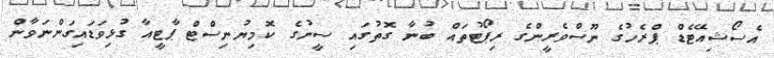
އެސޯޝިއޭޓެޑް ޕްރެހުގެ ނޫސްވެރީންގެ ރިޕޯޓުތައް ބުނާ ގޮތުގައި ސީނުގެ ކޮމިޔުނިސްޓް ޕާޓީއާ ގުޅިވަޑައިގަންނަވާން